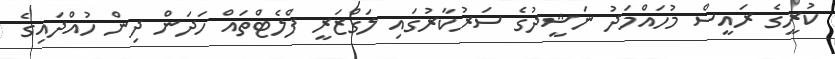
ކުރީގެ ރައީސް މުހައްމަދު ނަޝީދުގެ ސަރުކާރުގައި ލަގްޒަރީ ފްލެޓްތައް ހަދަން ދިން ހުއްދައިގެ